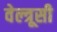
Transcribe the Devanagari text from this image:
वेल्त्रूसी